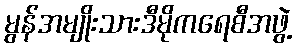
မွန်အမျိုးသားဒီမိုကရေစီအဖွဲ့